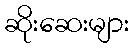
ဆိုးဆေးများ